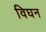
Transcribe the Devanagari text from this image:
विघन